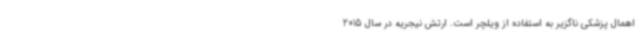
اهمال پزشکی ناگزیر به استفاده از ویلچر است. ارتش نیجریه در سال 2015